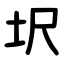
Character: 㘮